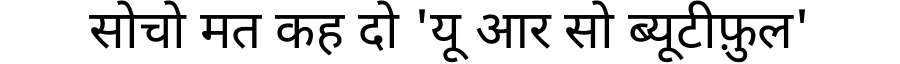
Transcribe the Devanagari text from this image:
सोचो मत कह दो 'यू आर सो ब्यूटीफ़ुल'